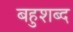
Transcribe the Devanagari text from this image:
बहुशब्द